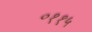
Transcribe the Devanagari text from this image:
०११५